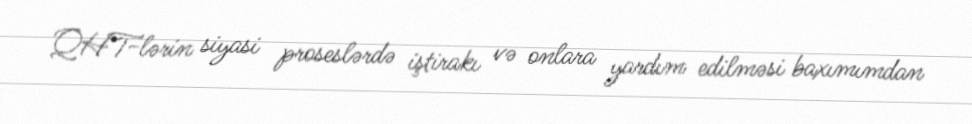
QHT-lərin siyasi proseslərdə iştirakı və onlara yardım edilməsi baxımımdan